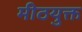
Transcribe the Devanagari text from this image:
मीठयुक्त